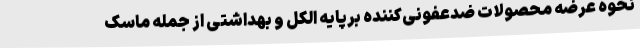
نحوه عرضه محصولات ضدعفونی‌کننده برپایه الکل و بهداشتی از جمله ماسک